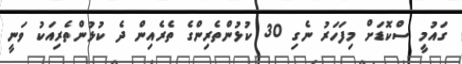
ގައުމީ ސްކޮޑަށް މިފަހަރު ނެގި 30 ކުޅުންތެރިންގެ ތެރެއިން ދެ ކުޅުންތެރިއަކު ވަނީ